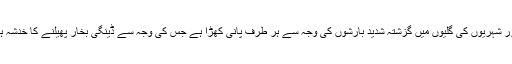
قصبوں، دیہاتوں اور شہریوں کی گلیوں میں گزشتہ شدید بارشوں کی وجہ سے ہر طرف پانی کھڑا ہے جس کی وجہ سے ڈینگی بخار پھیلنے کا خدشہ ہر وقت موجود ہے۔